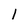
Character: 1